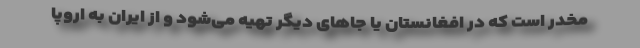
مخدر است که در افغانستان یا جاهای دیگر تهیه می‌شود و از ایران به اروپا